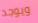
ويوجد